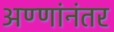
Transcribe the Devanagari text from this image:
अण्णांनंतर